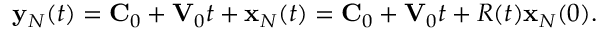
\begin{array} { r } { { \bf y } _ { N } ( t ) = { \bf C } _ { 0 } + { \bf V } _ { 0 } t + { \bf x } _ { N } ( t ) = { \bf C } _ { 0 } + { \bf V } _ { 0 } t + R ( t ) { \bf x } _ { N } ( 0 ) . } \end{array}